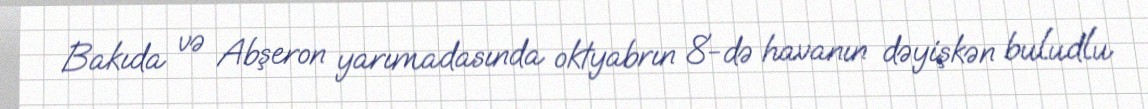
Bakıda və Abşeron yarımadasında oktyabrın 8-də havanın dəyişkən buludlu